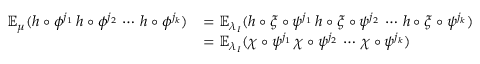
\begin{array} { r l } { { \mathbb { E } } _ { \mu } ( h \circ \phi ^ { j _ { 1 } } \, h \circ \phi ^ { j _ { 2 } } \, \cdots \, h \circ \phi ^ { j _ { k } } ) } & { = { \mathbb { E } } _ { \lambda _ { I } } ( h \circ \xi \circ \psi ^ { j _ { 1 } } \, h \circ \xi \circ \psi ^ { j _ { 2 } } \, \cdots \, h \circ \xi \circ \psi ^ { j _ { k } } ) } \\ & { = { \mathbb { E } } _ { \lambda _ { I } } ( \chi \circ \psi ^ { j _ { 1 } } \, \chi \circ \psi ^ { j _ { 2 } } \, \cdots \, \chi \circ \psi ^ { j _ { k } } ) } \end{array}